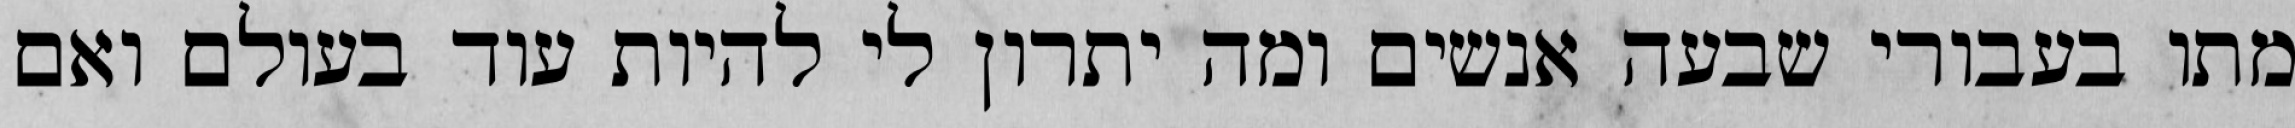
מתו בעבורי שבעה אנשים ומה יתרון לי להיות עוד בעולם ואם